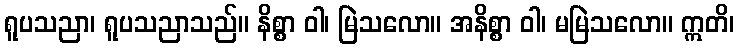
ရူပသညာ၊ ရူပသညာသည်။ နိစ္စာ ဝါ၊ မြဲသလော။ အနိစ္စာ ဝါ၊ မမြဲသလော။ ဣတိ၊